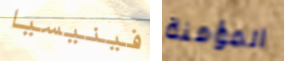
فينيسيا المؤمنة